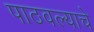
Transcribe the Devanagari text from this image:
पाठवल्याचे